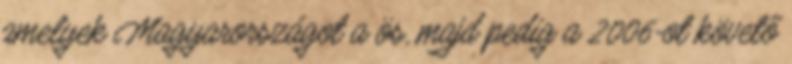
amelyek Magyarországot a ös, majd pedig a 2006-ot követő